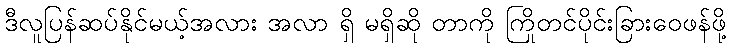
ဒီလူပြန်ဆပ်နိုင်မယ့်အလား အလာ ရှိ မရှိဆို တာကို ကြိုတင်ပိုင်းခြားဝေဖန်ဖို့